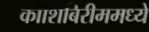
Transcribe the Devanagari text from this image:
कोशिंबिरीममध्ये